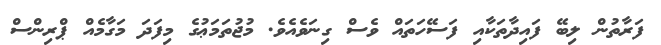
ފަރާތުން ލިބޭ ފައިދާތަކާއި ފަސޭހަތައް ވެސް ގިނަވެއެވެ. މުޖުތަމަޢުގެ މިފަދަ މަގާމެއް ޕްރިންސް